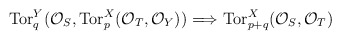
\begin{align*}\mbox{Tor}_q^Y({\cal O}_S, \mbox{Tor}_p^X({\cal O}_T, {\cal O}_Y)) \Longrightarrow\mbox{Tor}_{p+q}^X({\cal O}_S, {\cal O}_T)\end{align*}